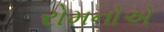
રોમનોએ